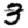
Digit: 3